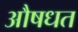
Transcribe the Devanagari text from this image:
औषधत